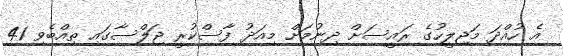
އެ ހުއްދަ މަޖިލީހުގެ ރައީސަށް ދިނުމަށް މިއަދު ފާސްކުރީ ޖަލްސާގައި ތިއްބެވި 41